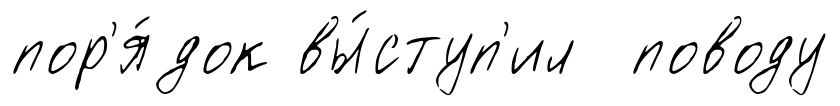
пор'я́док вы́ступ'ил поводу